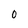
Character: 0